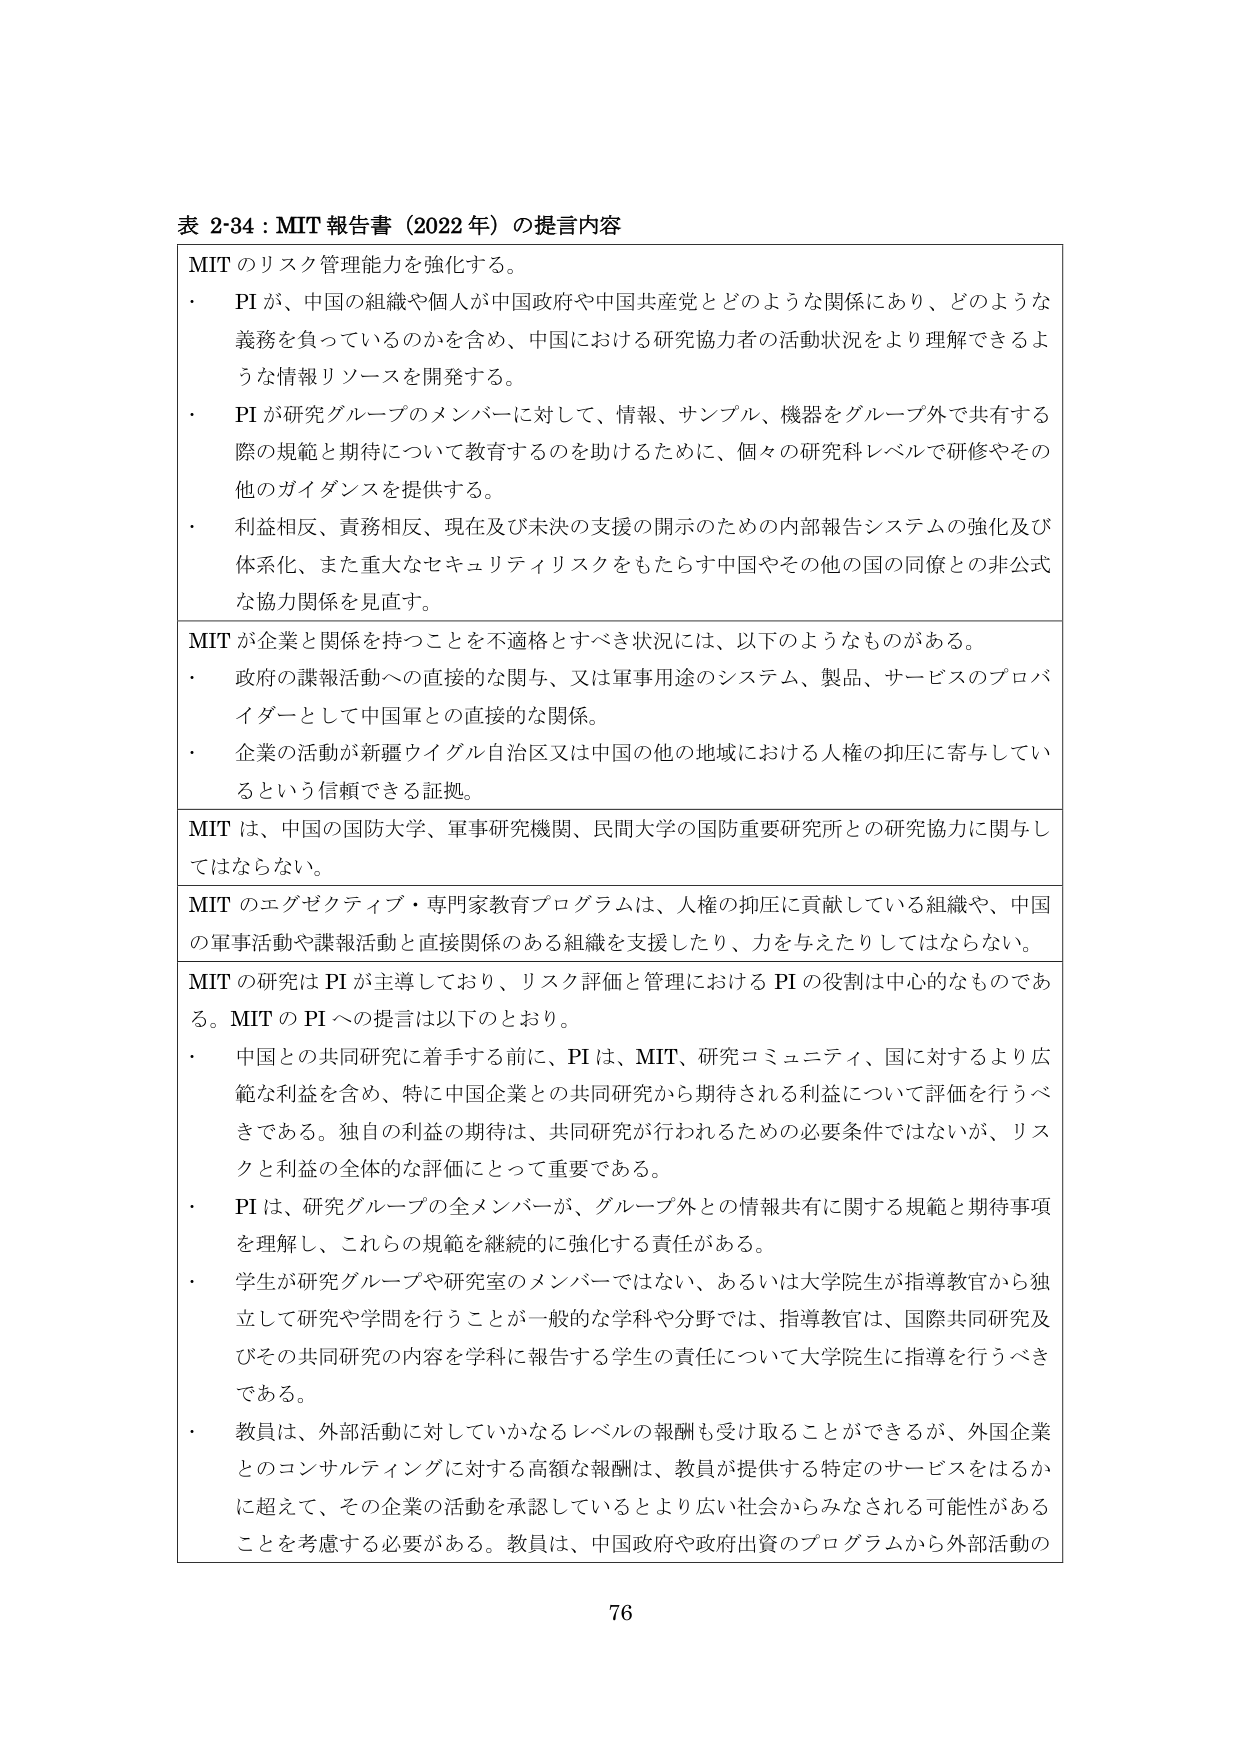
表 2-34：MIT 報告書（2022 年）の提言内容

MIT のリスク管理能力を強化する。
・ PI が、中国の組織や個人が中国政府や中国共産党とどのような関係にあり、どのような義務を負っているのかを含め、中国における研究協力者の活動状況をより理解できるような情報リソースを開発する。
・ PI が研究グループのメンバーに対して、情報、サンプル、機器をグループ外で共有する際の規範と期待について教育するのを助けるために、個々の研究科レベルで研修やその他のガイダンスを提供する。
・ 利益相反、責務相反、現在及び未決の支援の開示のための内部報告システムの強化及び体系化、また重大なセキュリティリスクをもたらす中国やその他の国の同僚との非公式な協力関係を見直す。

MIT が企業と関係を持つことを不適格とすべき状況には、以下のようなものがある。
・ 政府の諜報活動への直接的な関与、又は軍事用途のシステム、製品、サービスのプロバイダーとして中国軍との直接的な関係。
・ 企業の活動が新疆ウイグル自治区又は中国の他の地域における人権の抑圧に寄与しているという信頼できる証拠。

MIT は、中国の国防大学、軍事研究機関、民間大学の国防重要研究所との研究協力に関してはならない。

MIT のエグゼクティブ・専門家教育プログラムは、人権の抑圧に貢献している組織や、中国の軍事活動や諜報活動と直接関係のある組織を支援したり、力を与えたりしてはならない。

MIT の研究は PI が主導しており、リスク評価と管理における PI の役割は中心的なものである。MIT の PI への提言は以下のとおり。
・ 中国との共同研究に着手する前に、PI は、MIT、研究コミュニティ、国に対するより広範な利益を含め、特に中国企業との共同研究から期待される利益について評価を行うべきである。独自の利益の期待は、共同研究が行われるための必要条件ではないが、リスクと利益の全体的な評価にとって重要である。
・ PI は、研究グループの全メンバーが、グループ外との情報共有に関する規範と期待事項を理解し、これらの規範を継続的に強化する責任がある。
・ 学生が研究グループや研究室のメンバーではない、あるいは大学院生が指導教官から独立して研究や学問を行うことが一般的な学科や分野では、指導教官は、国際共同研究及びその共同研究の内容を学科に報告する学生の責任について大学院生に指導を行うべきである。
・ 教員は、外部活動に対していかなるレベルの報酬も受け取ることができるが、外国企業とのコンサルティングに対する高額な報酬は、教員が提供する特定のサービスをはるかに超えて、その企業の活動を承認しているとより広い社会からみなされる可能性があることを考慮する必要がある。教員は、中国政府や政府出資のプログラムから外部活動の

76